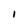
Character: I